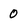
Character: 0